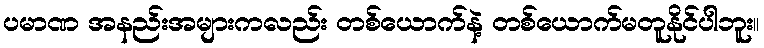
ပမာဏ အနည်းအများကလည်း တစ်ယောက်နဲ့ တစ်ယောက်မတူနိုင်ပါဘူး။